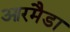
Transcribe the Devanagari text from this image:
आरमैडा